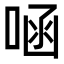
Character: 㖤